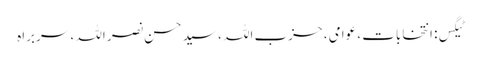
ٹیگس: انتخابات ، عوامی ، حزب اللہ ، سید حسن نصر اللہ ، سربراہ